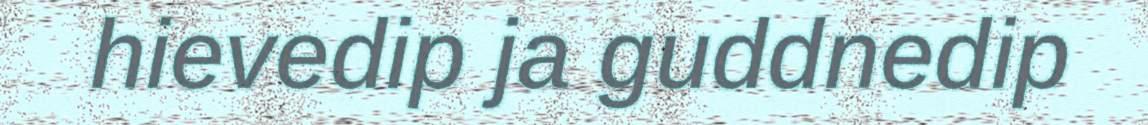
hievedip ja guddnedip